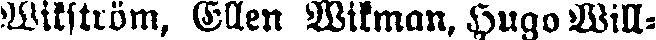
Wikström, Ellen Wikman, Hugo Will-